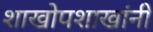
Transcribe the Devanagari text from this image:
शाखोपशाखांनी